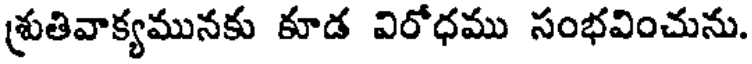
శ్రుతివాక్యమునకు కూడ విరోధము సంభవించును.